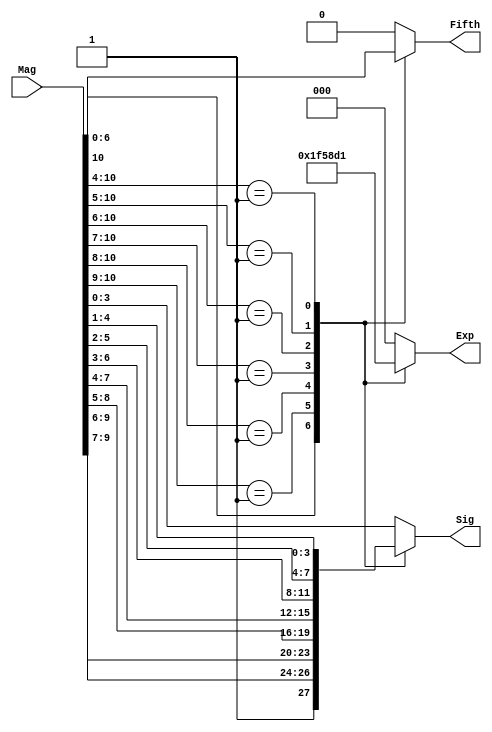
`timescale 1ns / 1ps
//////////////////////////////////////////////////////////////////////////////////
// Company: 
// Engineer: 
// 
// Design Name: 
// Module Name:    Priority_Encoder 
// Project Name: 
// Target Devices: 
// Tool versions: 
// Description: 
//
// Dependencies: 
//
// Revision: 
// Revision 0.01 - File Created
// Additional Comments: 
//
//////////////////////////////////////////////////////////////////////////////////
module Priority_Encoder(
    input  [10:0] Mag,
    output reg [2:0] Exp,
    output reg [3:0] Sig,
    output reg Fifth
    );

reg [10:0] magnitude;    

// Want an 8-to-3 priority encoder for the exponent output
always @ *
begin
    casex(Mag)
         'b1xxxxxxxxxx: begin
         Exp = 'b111;
         magnitude = Mag >> (Exp- 1);
         Sig = magnitude[4:1];
         Fifth = magnitude[0];
         end
         'b01xxxxxxxxx: begin
         Exp = 'b110;
         magnitude = Mag >> (Exp- 1);
         Sig = magnitude[4:1];
         Fifth = magnitude[0];
         end
         'b001xxxxxxxx: begin
         Exp = 'b101;
         magnitude = Mag >> (Exp- 1);
         Sig = magnitude[4:1];
         Fifth = magnitude[0];
         end
         'b0001xxxxxxx: begin
         Exp = 'b100;
         magnitude = Mag >> (Exp- 1);
         Sig = magnitude[4:1];
         Fifth = magnitude[0];
         end
         'b00001xxxxxx: begin
         Exp = 'b011;
         magnitude = Mag >> (Exp- 1);
         Sig = magnitude[4:1];
         Fifth = magnitude[0];
         end
         'b000001xxxxx: begin
         Exp = 'b010;
         magnitude = Mag >> (Exp- 1);
         Sig = magnitude[4:1];
         Fifth = magnitude[0];
         end
         'b0000001xxxx: begin
         Exp = 'b001;
         magnitude = Mag >> (Exp- 1);
         Sig = magnitude[4:1];
         Fifth = magnitude[0];
         end
        default: begin
        Exp = 0;
        Sig = Mag[3:0];
        Fifth= 0;
        end
    endcase
end

endmodule